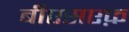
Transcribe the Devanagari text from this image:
बीएसएफ़